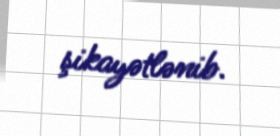
şikayətlənib.